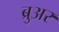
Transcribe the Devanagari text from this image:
ब्रुअर